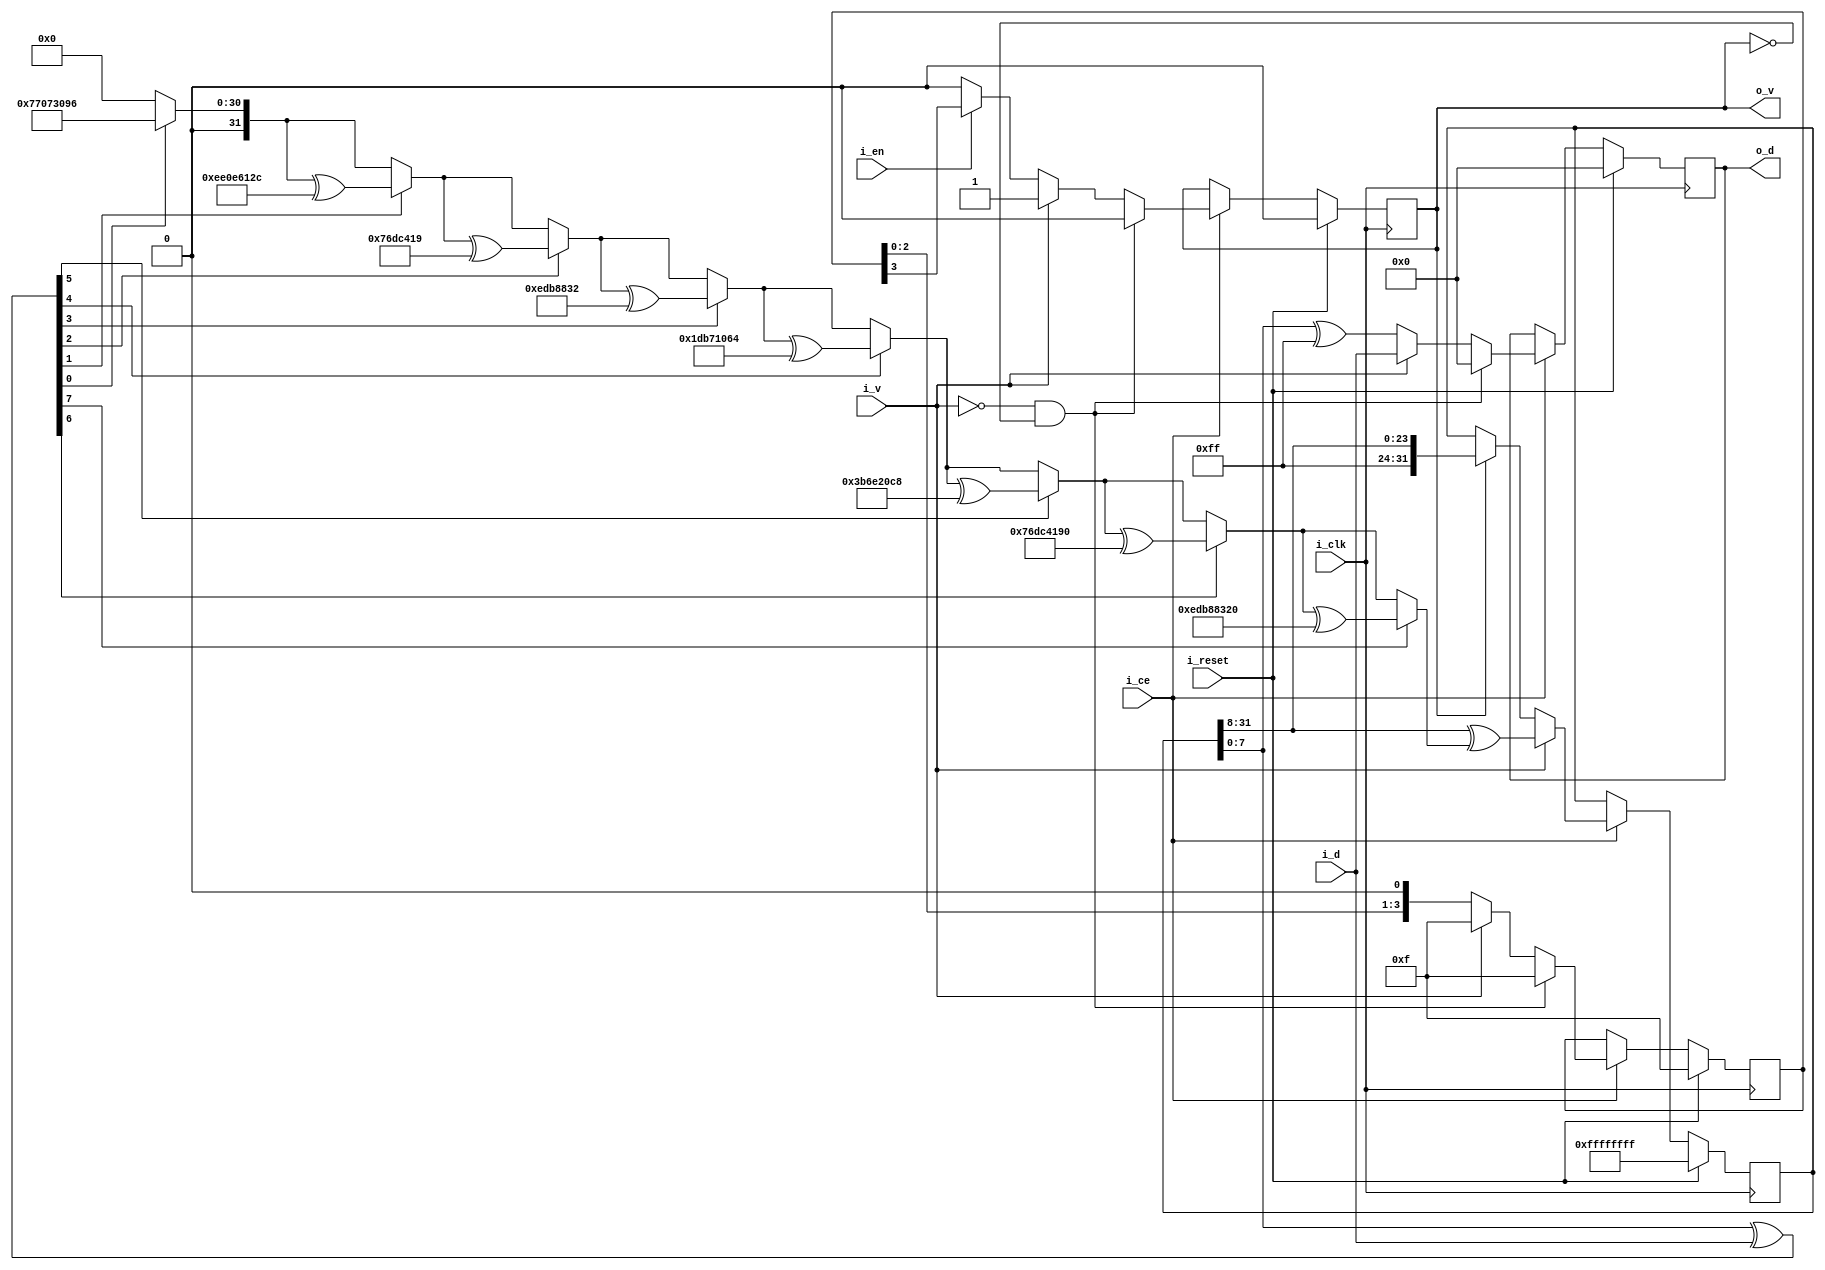
////////////////////////////////////////////////////////////////////////////////
//
//
// Project:	ZipVersa, Versa Brd implementation using ZipCPU infrastructure
//
// Purpose:	To (optionally) add a CRC to a stream of nibbles.   The CRC
//		is calculated from the stream.
//
// Creator:	Dan Gisselquist, Ph.D.
//		Gisselquist Technology, LLC
//
////////////////////////////////////////////////////////////////////////////////
//
// Copyright (C) 2019, Gisselquist Technology, LLC
//
// This program is free software (firmware): you can redistribute it and/or
// modify it under the terms of the GNU General Public License as published
// by the Free Software Foundation, either version 3 of the License, or (at
// your option) any later version.
//
// This program is distributed in the hope that it will be useful, but WITHOUT
// ANY WARRANTY; without even the implied warranty of MERCHANTIBILITY or
// FITNESS FOR A PARTICULAR PURPOSE.  See the GNU General Public License
// for more details.
//
// You should have received a copy of the GNU General Public License along
// with this program.  (It's in the $(ROOT)/doc directory.  Run make with no
// target there if the PDF file isn't present.)  If not, see
// <http://www.gnu.org/licenses/> for a copy.
//
// License:	GPL, v3, as defined and found on www.gnu.org,
//		http://www.gnu.org/licenses/gpl.html
//
//
////////////////////////////////////////////////////////////////////////////////
//
//
`default_nettype	none
//
module addecrc(i_clk, i_reset, i_ce, i_en, i_v, i_d, o_v, o_d);
	// localparam [31:0]	TAPS = 32'h1db71064;
	localparam [31:0]	TAPS = 32'hedb88320;
	localparam	INVERT = 1; // Proper operation requires INVERT=1
	input	wire		i_clk, i_reset, i_ce, i_en;
	input	wire		i_v;
	input	wire	[7:0]	i_d;
	output	reg		o_v;
	output	reg	[7:0]	o_d;

	reg	[3:0]	r_p;
	reg	[31:0]	r_crc;
	wire	[7:0]	lowoctet;
	wire	[31:0]	shifted_crc;

	assign	lowoctet = r_crc[7:0] ^ i_d;
	assign	shifted_crc = { 8'h0, r_crc[31:8] };

	integer	k;

	reg	[31:0]	crc_eqn	[0:7];
	// reg	[31:0]	crcvec	[0:255];
	// reg	[7:0]	roct;
	// integer	vecacc;
	initial begin
		crc_eqn[7] = TAPS;
		for(k=6; k>=0; k=k-1)
		begin : INITIAL_CRC_EQN
			if (crc_eqn[k+1][0])
				crc_eqn[k] = { 1'b0, crc_eqn[k+1][31:1] }^ TAPS;
			else
				crc_eqn[k] = { 1'b0, crc_eqn[k+1][31:1] };
		end
	end

	reg	[31:0]	eqn;
	always @(*)
	begin
		eqn = 0;
		for(k=0; k<8; k=k+1)
		if (lowoctet[k])
			eqn = eqn ^ crc_eqn[k];
	end
	////////////////////
	//
	//
	//
	////////////////////
	//
	//
	initial	r_crc = (INVERT==0)? 32'h00 : 32'hffffffff;
	always @(posedge i_clk)
	if (i_reset)
		r_crc <= (INVERT == 0)? 32'h00 : 32'hffff_ffff;
	else if (i_ce)
	begin
		if (i_v)
			r_crc <= shifted_crc ^ eqn;
		else if (o_v)
			r_crc <= { ((INVERT==0)? 8'h00 : 8'hff), r_crc[31:8] };
	end

// always @(*)
// if (!i_v && !o_v)
// assert(r_crc == ((INVERT == 0) ? 32'h0000_0000 : 32'hffff_ffff));

	initial	o_v = 1'b0;
	initial	r_p = 4'hf;
	initial	o_v = 1'b0;
	initial	o_d = 8'h0;
	always @(posedge i_clk)
	if (i_reset)
	begin
		r_p   <= 4'hf;
		o_v   <= 1'b0;
		o_d   <= 8'h0;
	end else if (i_ce)
	begin
		if ((!i_v)&&(!o_v))
		begin
			// Reset the interface
			r_p <= 4'hf;
			o_v <= 1'b0;
			o_d <= 8'h0;
		end else if (i_v)
		begin
			o_v <= i_v;
			r_p <= 4'hf;
			o_d <= i_d;

		end else begin // if o_v
			// Flush out the CRC
			r_p <= { r_p[2:0], 1'b0 };
			o_v <= (i_en)?r_p[3]:1'b0;
			o_d <= r_crc[7:0] ^ ((INVERT==0)? 8'h0:8'hff);
		end
	end

`ifdef	FORMAL
	reg	f_past_valid;
	initial	f_past_valid = 0;
	always @(posedge  i_clk)
		f_past_valid <= 1'b1;

	////////////////////////////////////////////////////////////////////////
	//
	// Incoming assumptions
	always @(*)
	if (!f_past_valid)
		assume(i_reset);

	always @(posedge i_clk)
	if (i_reset)
		assume(!i_v);

	always @(posedge i_clk)
	if (!$past(i_ce))
		assume(i_ce);

	always @(posedge i_clk)
	if (!$past(i_ce))
	begin
		assume($stable(i_v));
		assume($stable(i_d));
	end

	always @(posedge i_clk)
	if ((f_past_valid)&&((i_v) || (o_v)))
		assume($stable(i_en));


	always @(posedge i_clk)
	if ((f_past_valid)&&(!$past(i_v))&&(o_v))
		assume(!i_v);

	always @(posedge i_clk)
	if ((f_past_valid)&&(!$past(i_reset))&&((o_v)||(i_v)))
		assume($stable(i_en));

	// i_v cannot restart while o_v is active
	always @(posedge i_clk)
	if ((f_past_valid)&&(!$past(i_reset))&&($past(o_v))&&(!$past(i_v)))
		assume(!i_v);

	////////////////////////////////////////////////////////////////////////
	//
	// Formal assertions
	//

	always @(posedge i_clk)
	if ((!f_past_valid)||($past(i_reset)))
	begin
		// Test initial/reset conditions
		assert(r_crc == (INVERT==0)? 32'h00 : 32'hffffffff);
		assert(r_p   == 4'hf);
		assert(o_v   == 1'b0);
		assert(o_d   == 8'h0);
	end


	//if ((f_past_valid)&&($past(o_v))&&(!$past(i_v))&&(!$past(i_reset)))

	always @(posedge i_clk)
	if ((f_past_valid)&&($past(i_v))&&(!$past(i_reset))&&($past(i_ce)))
	begin
		assert(o_v);
		assert(o_d == $past(i_d));
	end

	always @(posedge i_clk)
	if ((f_past_valid)&&(!$past(i_reset))&&($past(o_v))&&(!$past(i_v))
		&&($past(i_ce)))
		assert(r_p == { $past(r_p[2:0]), 1'b0 } );

	always @(posedge i_clk)
	if ((f_past_valid)&&(!$past(i_reset))&&($past(i_en))&&($past(i_ce))
			&&($past(o_v))&&(!$past(i_v)))
		assert(o_v == $past(r_p[3]));

	reg	[31:0]	pre_crc	[7:0];
	reg	[31:0]	f_crc;

	// Need to verify the CRC
	always @(*)
	begin : GEN_PRECRC
		if (i_d[0] ^ r_crc[0])
			pre_crc[0] = { 1'b0, r_crc[31:1] } ^ TAPS;
		else
			pre_crc[0] = { 1'b0, r_crc[31:1] };

		for(k=1; k<8; k=k+1)
		begin
			if (pre_crc[k-1][0]^i_d[k])
				pre_crc[k] = { 1'b0, pre_crc[k-1][31:1] } ^ TAPS;
			else
				pre_crc[k] = { 1'b0, pre_crc[k-1][31:1] };
		end

		f_crc = pre_crc[7];
	end

	always @(posedge i_clk)
	if ((f_past_valid)&&(!$past(i_reset))&&($past(i_v))&&($past(i_ce)))
		assert(r_crc == $past(f_crc));

	always @(*)
	begin
		assert(crc_eqn[0] == 32'h77073096);
		assert(crc_eqn[1] == 32'hEE0E612C);
		assert(crc_eqn[2] == 32'h076DC419);
		assert(crc_eqn[3] == 32'h0EDB8832);
		assert(crc_eqn[4] == 32'h1DB71064);
		assert(crc_eqn[5] == 32'h3B6E20C8);
		assert(crc_eqn[6] == 32'h76DC4190);
		assert(crc_eqn[7] == TAPS);
	end

	always @(*)
	if (!i_v && !o_v)
		assert(r_crc == ((INVERT == 0) ? 32'h0000_0000 : 32'hffff_ffff));

`endif
endmodule